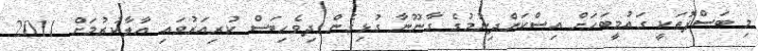
މި ބަސްފޮތަކީ ގައުމީބަހަށް އިސްކަންދިނުމުގެ ގާނޫނާ ގުޅިގެން ދިވެހިބަސް ކުރިއަރުވައި އާލާކުރުމަށް 2011